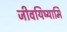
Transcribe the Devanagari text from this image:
जीवयिष्यामि